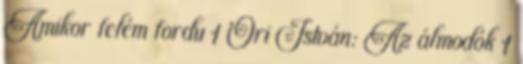
Amikor felém fordu 1 Őri István: Az álmodók 1